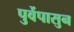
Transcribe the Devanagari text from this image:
पुर्वेपासुन